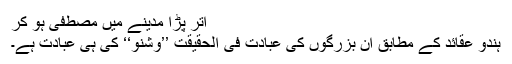
اتر پڑا مدینے میں مصطفی ہو کر
ہندو عقائد کے مطابق ان بزرگوں کی عبادت فی الحقیقت ’’وشنو‘‘ کی ہی عبادت ہے۔